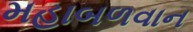
મહાબળવાન